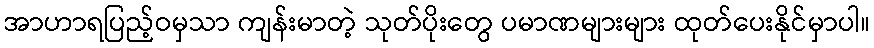
အာဟာရပြည့်ဝမှသာ ကျန်းမာတဲ့ သုတ်ပိုးတွေ ပမာဏများများ ထုတ်ပေးနိုင်မှာပါ။